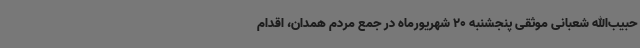
حبیب‌الله شعبانی موثقی پنجشنبه 20 شهریورماه در جمع مردم همدان، اقدام